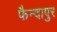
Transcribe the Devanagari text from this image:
फैन्दापुर